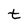
Character: t